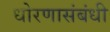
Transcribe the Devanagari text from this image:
धोरणासंबंधी